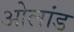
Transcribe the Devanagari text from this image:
ओलांड